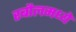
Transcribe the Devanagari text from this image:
रबौलमध्ये